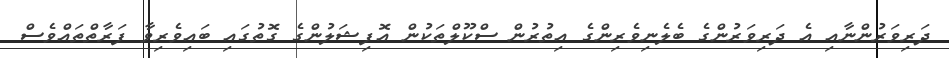
ދަރިވަރުންނާއި އެ ދަރިވަރުންގެ ބެލެނިވެރިންގެ އިތުރުން ސްކޫލްތަކުން އޮފިޝަލުންގެ ގޮތުގައި ބައިވެރިވާ ފަރާތްތައްވެސް